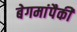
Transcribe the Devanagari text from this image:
बेगमांपैकी